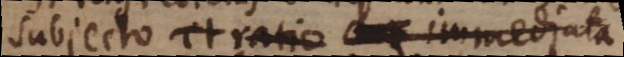
subjecto, et ratio cur immediata